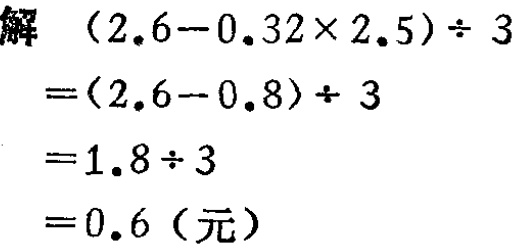
解
\[
\begin{align*}
&(2.6 - 0.32\times2.5)\div3\\
=&(2.6 - 0.8)\div3\\
=&1.8\div3\\
=&0.6 (\text{元})
\end{align*}
\]